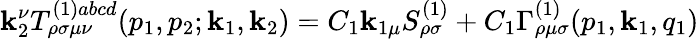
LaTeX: \mathbf{k}_{2}^{\nu}T_{\rho\sigma\mu\nu}^{(1)abcd}(p_{1},p_{2};\mathbf{k}_{1},\mathbf{k}_{2})=C_{1}\mathbf{k}_{1\mu}S_{\rho\sigma}^{(1)}+C_{1}\Gamma_{\rho\mu\sigma}^{(1)}(p_{1},\mathbf{k}_{1},q_{1})